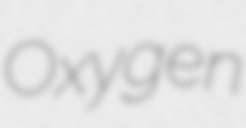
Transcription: Oxygen